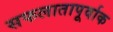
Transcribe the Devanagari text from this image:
सफलातापूर्वाक